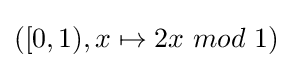
([0,1),x\mapsto 2x\ mod\ 1)